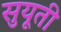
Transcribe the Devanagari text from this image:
सुयूती